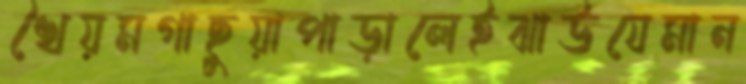
খৈয়মগাছুয়াপাড়ালেইঝাউযেমান